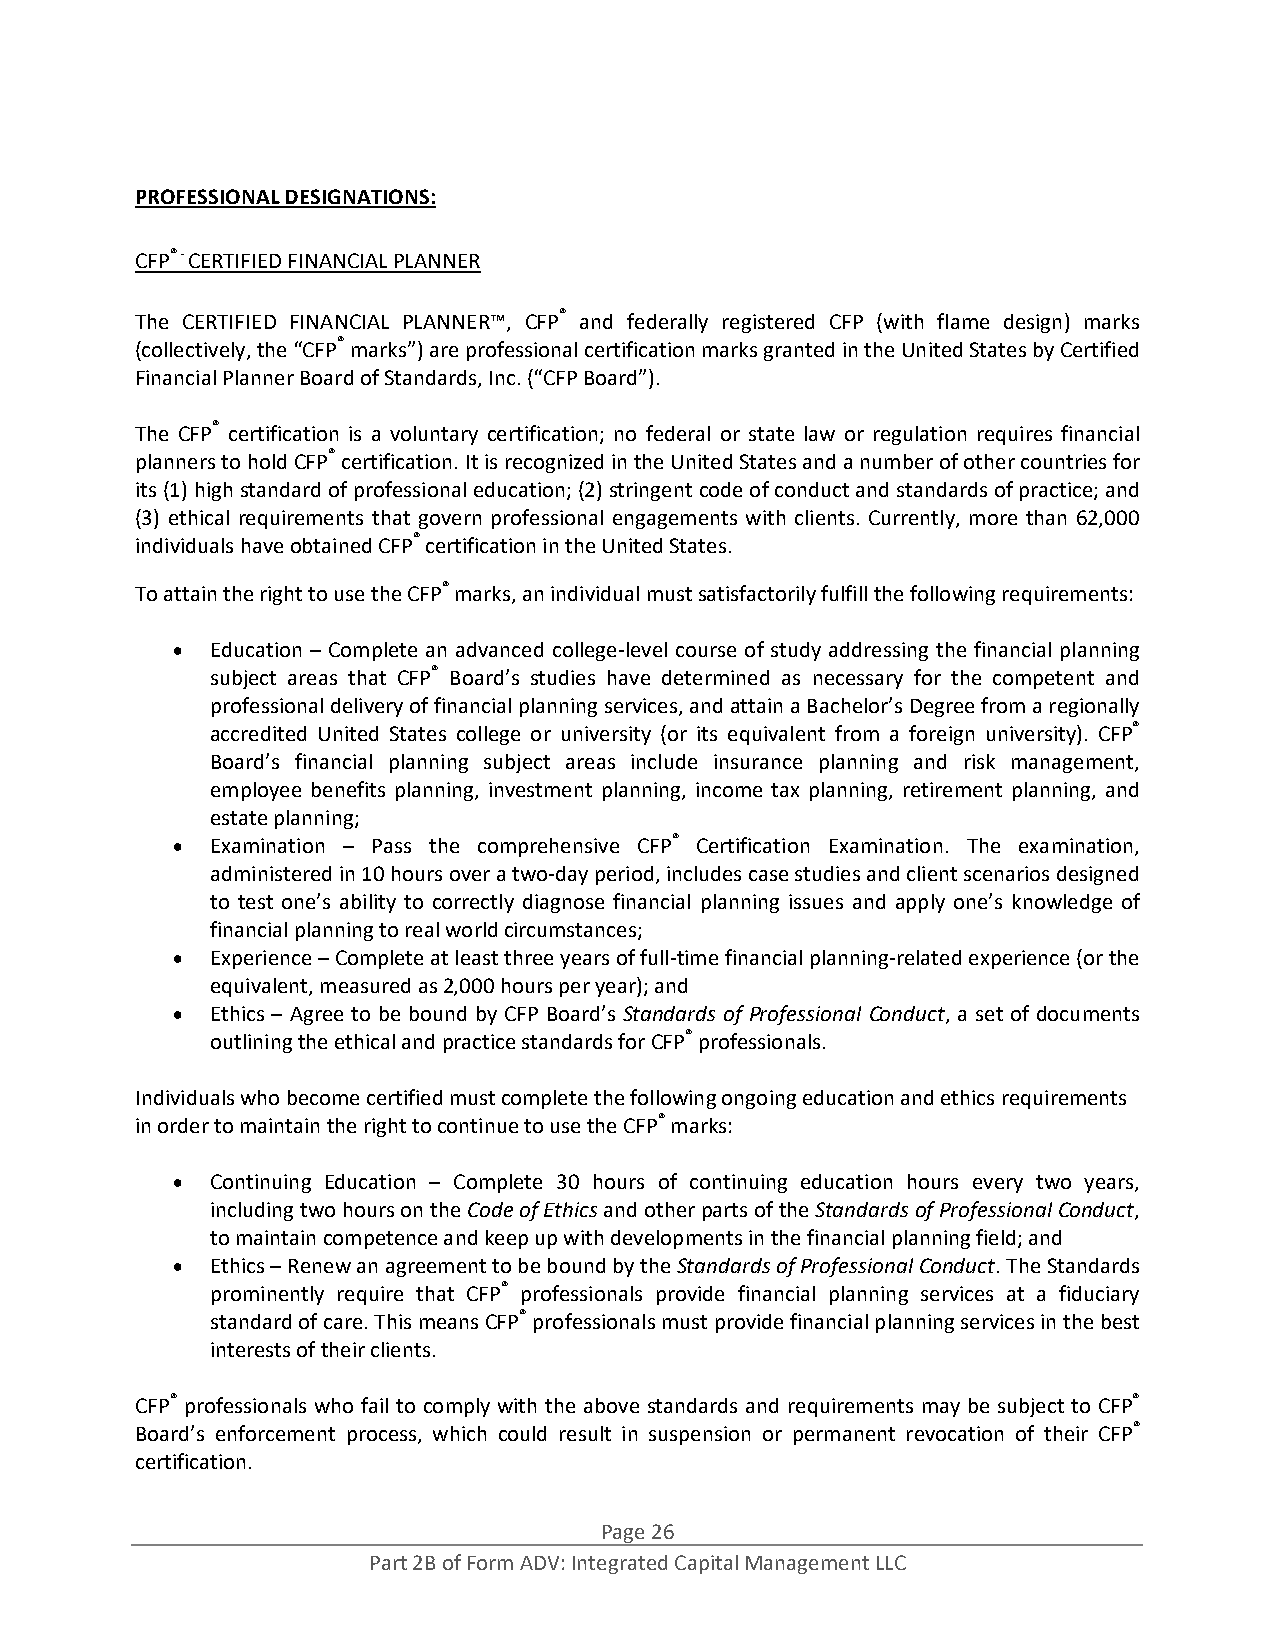
PROFESSIONAL DESIGNATIONS:
 CFP® ‐ CERTIFIED FINANCIAL PLANNER
 The CERTIFIED FINANCIAL PLANNER™, CFP® and federally registered CFP (with flame design) marks
 (collectively, the “CFP® marks”) are professional certification marks granted in the United States by Certified
 Financial Planner Board of Standards, Inc. (“CFP Board”).
 The CFP® certification is a voluntary certification; no federal or state law or regulation requires financial
 planners to hold CFP® certification. It is recognized in the United States and a number of other countries for
 its (1) high standard of professional education; (2) stringent code of conduct and standards of practice; and
 (3) ethical requirements that govern professional engagements with clients. Currently, more than 62,000
 individuals have obtained CFP® certification in the United States.
 To attain the right to use the CFP® marks, an individual must satisfactorily fulfill the following requirements:
   Education – Complete an advanced college‐level course of study addressing the financial planning
 subject areas that CFP® Board’s studies have determined as necessary for the competent and
 professional delivery of financial planning services, and attain a Bachelor’s Degree from a regionally
 accredited United States college or university (or its equivalent from a foreign university). CFP®
 Board’s financial planning subject areas include insurance planning and risk management,
 employee benefits planning, investment planning, income tax planning, retirement planning, and
 estate planning;
   Examination – Pass the comprehensive CFP® Certification Examination. The examination,
 administered in 10 hours over a two‐day period, includes case studies and client scenarios designed
 to test one’s ability to correctly diagnose financial planning issues and apply one’s knowledge of
 financial planning to real world circumstances;
   Experience – Complete at least three years of full‐time financial planning‐related experience (or the
 equivalent, measured as 2,000 hours per year); and
   Ethics – Agree to be bound by CFP Board’s Standards of Professional Conduct, a set of documents
 outlining the ethical and practice standards for CFP® professionals.
 Individuals who become certified must complete the following ongoing education and ethics requirements
 in order to maintain the right to continue to use the CFP® marks:
   Continuing Education – Complete 30 hours of continuing education hours every two years,
 including two hours on the Code of Ethics and other parts of the Standards of Professional Conduct,
 to maintain competence and keep up with developments in the financial planning field; and
   Ethics – Renew an agreement to be bound by the Standards of Professional Conduct. The Standards
 prominently require that CFP® professionals provide financial planning services at a fiduciary
 standard of care. This means CFP® professionals must provide financial planning services in the best
 interests of their clients.
 CFP® professionals who fail to comply with the above standards and requirements may be subject to CFP®
 Board’s enforcement process, which could result in suspension or permanent revocation of their CFP®
 certification.
 Page 26
 Part 2B of Form ADV: Integrated Capital Management LLC